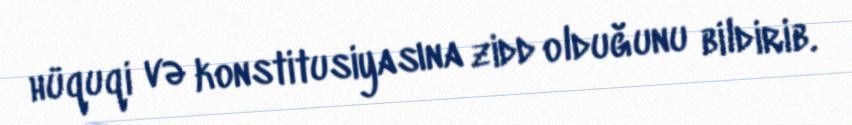
hüquqi və konstitusiyasına zidd olduğunu bildirib.